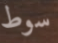
سوط